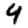
Digit: 4